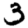
Digit: 3